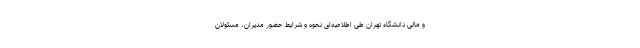
و مالی دانشگاه تهران طی اطلاعیه‌ای نحوه و شرایط حضور مدیران، مسئولان